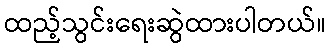
ထည့်သွင်းရေးဆွဲထားပါတယ်။